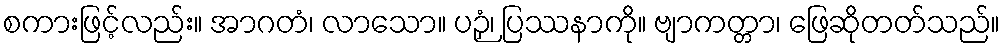
စကားဖြင့်လည်း။ အာဂတံ၊ လာသော။ ပဉှံ၊ ပြဿနာကို။ ဗျာကတ္တာ၊ ဖြေဆိုတတ်သည်။